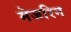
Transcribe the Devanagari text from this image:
मेजरिन